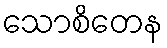
သောစိတေန